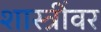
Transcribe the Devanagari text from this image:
शास्त्रींवर